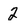
Character: 2